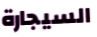
السيجارة